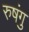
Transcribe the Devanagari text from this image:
रुषंगु